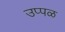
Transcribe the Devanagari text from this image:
उप्पळ